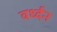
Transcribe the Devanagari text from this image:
वर्ध्दन